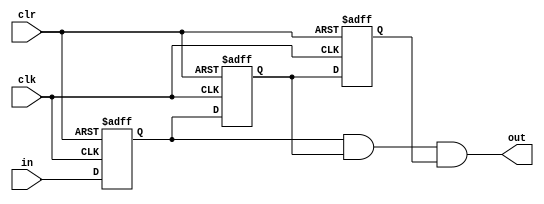
//
// Copyright 2011, Kevin Lindsey
// See LICENSE file for licensing information
//
// Based on code from Richard Haskell and Darrin Hanna's,
// "Learning by Example Using Verilog: Basic Digital Design", 2008
// Chapter 7, Example 47, Debounce Pushbuttons
//
module debounce_generic
#(parameter N = 1)
(
	input [N-1:0] in,
	input clk,
	input clr,
	output [N-1:0] out
);

reg [N-1:0] delay1;
reg [N-1:0] delay2;
reg [N-1:0] delay3;

always @(posedge clk or posedge clr)
	if (clr == 1)
		begin
			delay1 <= 0;
			delay2 <= 0;
			delay3 <= 0;
		end
	else
		begin
			delay1 <= in;
			delay2 <= delay1;
			delay3 <= delay2;
		end

assign out = delay1 & delay2 & delay3;

endmodule